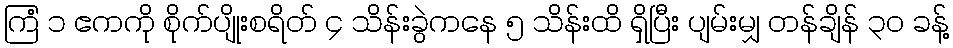
ကြံ ၁ ဧကကို စိုက်ပျိုးစရိတ် ၄ သိန်းခွဲကနေ ၅ သိန်းထိ ရှိပြီး ပျမ်းမျှ တန်ချိန် ၃၀ ခန့်